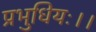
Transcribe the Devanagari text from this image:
प्रभुधियः।।